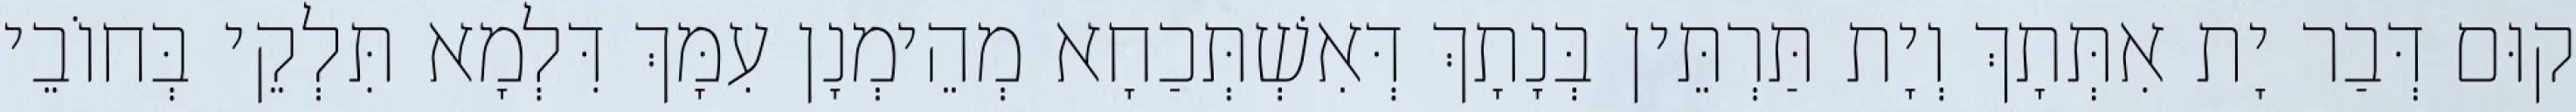
קוּם דְּבַר יָת אִתְּתָךְ וְיָת תַּרְתֵּין בְּנָתָךְ דְּאִשְׁתְּכַחָא מְהֵימְנָן עִמָּךְ דִּלְמָא תִּלְקֵי בְּחוֹבֵי